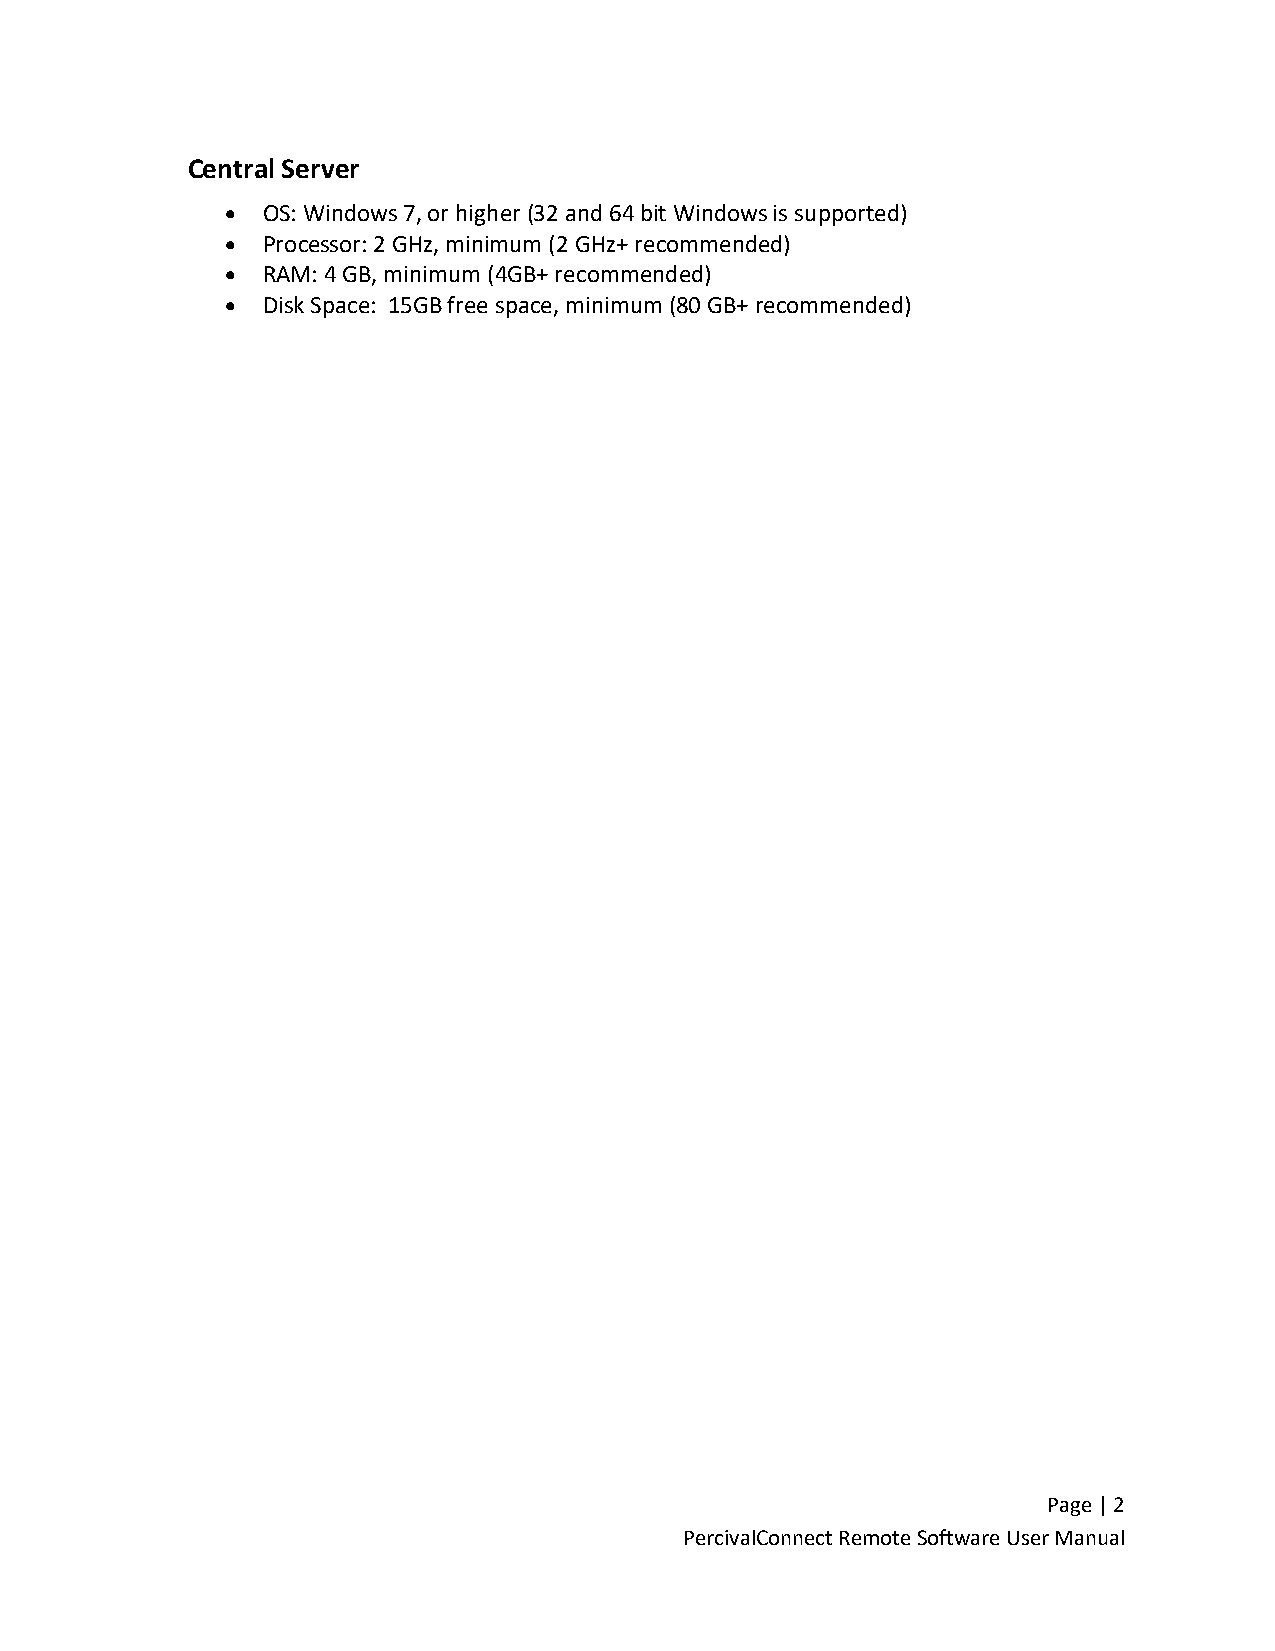
Central Server
 • OS: Windows 7, or higher (32 and 64 bit Windows is supported)
 • Processor: 2 GHz, minimum (2 GHz+ recommended)
 • RAM: 4 GB, minimum (4GB+ recommended)
 • Disk Space: 15GB free space, minimum (80 GB+ recommended)
 Page | 2
 PercivalConnect Remote Software User Manual